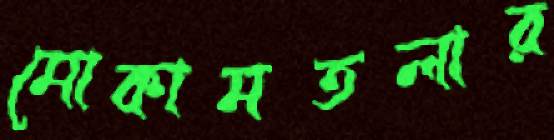
মোকামতলার